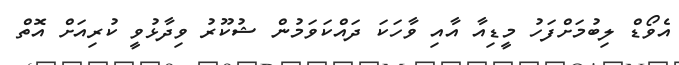
އެވޯޑް ލިބުމަށްފަހު މީޑިއާ އާއި ވާހަކަ ދައްކަވަމުން ޝުކޫރު ވިދާޅުވީ ކުރިއަށް އޮތް